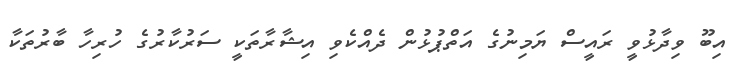
އިބޫ ވިދާޅުވީ ރައީސް ޔަމިނުގެ އަތްޕުޅުން ދެއްކެވި އިޝާރާތަކީ ސަރުކާރުގެ ހުރިހާ ބާރުތަކާ